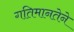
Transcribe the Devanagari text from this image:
गतिमानतेने